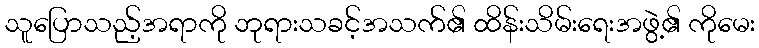
သူပြောသည့်အရာကို ဘုရားသခင့်အသက်၏ ထိန်းသိမ်းရေးအဖွဲ့၏ ကိုမေး